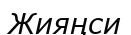
Жияңси